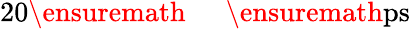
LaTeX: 20\ensuremath{\mathrm{~\textrm~{~\, ~}~}}\ensuremath{\mathrm{ps}}